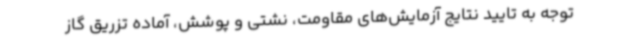
توجه به تایید نتایج آزمایش‌های مقاومت، نشتی و پوشش، آماده تزریق گاز